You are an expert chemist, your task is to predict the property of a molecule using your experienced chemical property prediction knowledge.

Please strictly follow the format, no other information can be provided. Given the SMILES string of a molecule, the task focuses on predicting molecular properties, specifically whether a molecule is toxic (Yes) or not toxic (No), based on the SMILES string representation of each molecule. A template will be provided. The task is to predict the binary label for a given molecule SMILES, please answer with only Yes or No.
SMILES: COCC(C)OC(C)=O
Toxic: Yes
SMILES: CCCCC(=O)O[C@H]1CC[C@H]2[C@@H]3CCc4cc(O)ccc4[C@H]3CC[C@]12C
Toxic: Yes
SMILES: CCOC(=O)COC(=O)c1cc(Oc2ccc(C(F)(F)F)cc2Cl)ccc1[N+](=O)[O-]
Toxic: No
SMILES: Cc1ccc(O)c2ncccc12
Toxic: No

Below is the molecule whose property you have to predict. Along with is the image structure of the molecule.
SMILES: CN1[C@H]2CC[C@@H]1C[C@H](OC(c1ccccc1)c1ccccc1)C2
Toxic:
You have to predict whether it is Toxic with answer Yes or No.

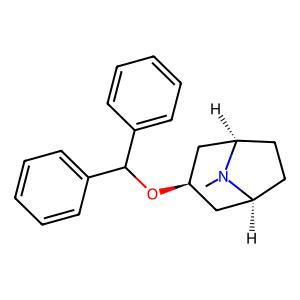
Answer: No